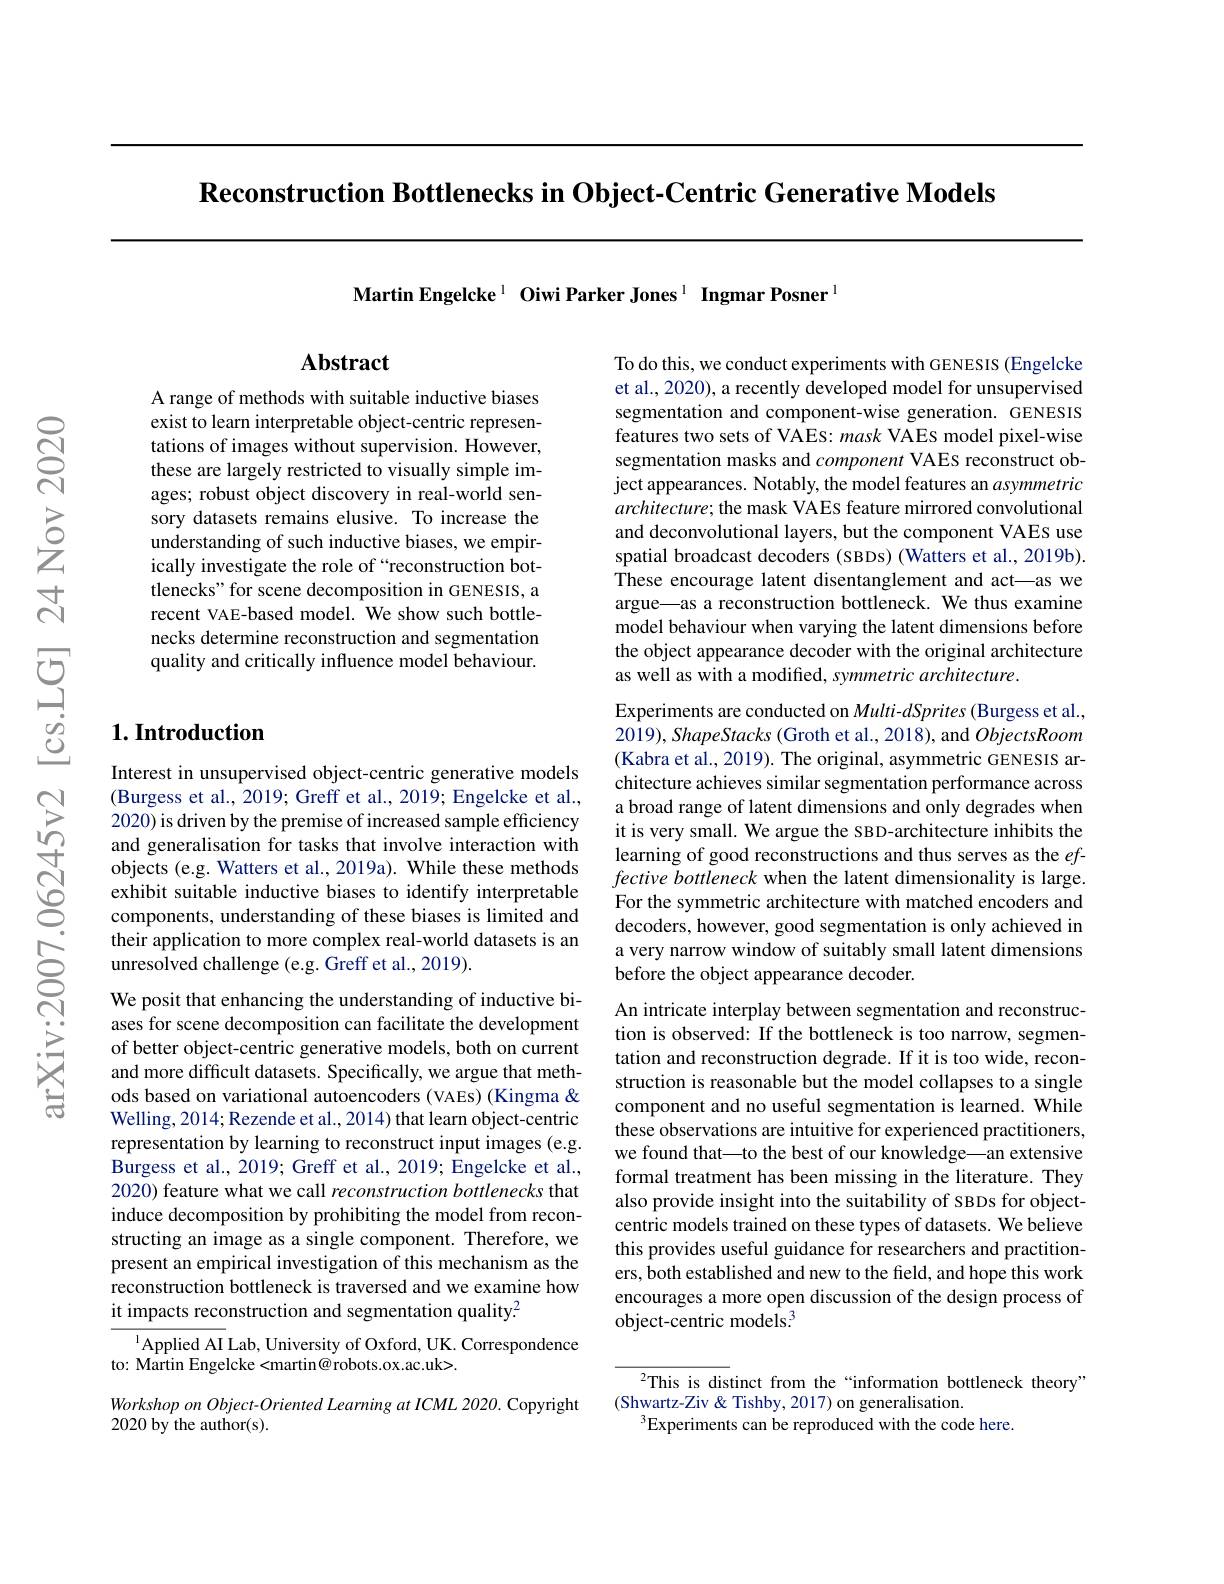
Reconstruction Bottlenecks in Object-Centric Generative Models

Martin Engelcke$^1\textbf{Oiwi Parker Jones}^{1}\textbf{ Ingmar Posner}^{1}$

## $\mathbf{Abstract}$

A range of methods with suitable inductive biases exist to learn interpretable object-centric representations of images without supervision. However, these are largely restricted to visually simple images; robust object discovery in real-world sensory datasets remains elusive. To increase the understanding of such inductive biases, we empirically investigate the role of “reconstruction bottlenecks" for scene decomposition in GENESIS, a recent VAE-based model. We show such bottlenecks determine reconstruction and segmentation quality and critically influence model behaviour.

## $1. \textbf{Introduction}$

Interest in unsupervised object-centric generative models (Burgess et al., 2019; Greff et al., 2019; Engelcke et al., 2020) is driven by the premise of increased sample efficiency and generalisation for tasks that involve interaction with objects (e.g. Watters et al., 2019a). While these methods exhibit suitable inductive biases to identify interpretable components, understanding of these biases is limited and their application to more complex real-world datasets is an unresolved challenge (e.g. Greff et al., 2019).

We posit that enhancing the understanding of inductive biases for scene decomposition can facilitate the development of better object-centric generative models, both on current and more difficult datasets. Specifically, we argue that methods based on variational autoencoders (VAEs) (Kingma & Welling, 2014; Rezende et al., 2014) that learn object-centric representation by learning to reconstruct input images (e.g. Burgess et al., 2019; Greff et al., 2019; Engelcke et al., 2020) feature what we call reconstruction bottlenecks that induce decomposition by prohibiting the model from reconstructing an image as a single component. Therefore, we present an empirical investigation of this mechanism as the reconstruction bottleneck is traversed and we examine how it impacts reconstruction and segmentation quality.

$^{1}$Applied AI Lab, University of Oxford, UK. Correspondence
to: Martin Engelcke<martin@robots.ox.ac.uk>.

Workshop on Object-Oriented Learning at ICML 2020. Copyright
2020 by the author(s).

To do this, we conduct experiments with GENESIS (Engelcke et al., 2020), a recently developed model for unsupervised segmentation and component-wise generation. GENESIS features two sets of VAEs: mask VAEs model pixel-wise segmentation masks and component VAEs reconstruct object appearances. Notably, the model features an asymmetric $architecture;$ the mask VAEs feature mirrored convolutional and deconvolutional layers, but the component VAEs use spatial broadcast decoders (SBDs) (Watters et al., 2019b). These encourage latent disentanglement and act—as we argue\_as a reconstruction bottleneck. We thus examine model behaviour when varying the latent dimensions before the object appearance decoder with the original architecture as well as with a modified, symmetric architecture.

Experiments are conducted on Multi-dSprites (Burgess et al., $2019) , \textit{ShapeStacks ( Groth et al. , 2018) , and ObjectsRoom}$ (Kabra et al., 2019). The original, asymmetric GENESIS architecture achieves similar segmentation performance across a broad range of latent dimensions and only degrades when it is very small. We argue the SBD-architecture inhibits the learning of good reconstructions and thus serves as the $ef$- fective bottleneck when the latent dimensionality is large. For the symmetric architecture with matched encoders and decoders, however, good segmentation is only achieved in a very narrow window of suitably small latent dimensions before the object appearance decoder.
An intricate interplay between segmentation and reconstruction is observed: If the bottleneck is too narrow, segmentation and reconstruction degrade. If it is too wide, reconstruction is reasonable but the model collapses to a single component and no useful segmentation is learned. While

these observations are intuitive for experienced practitioners, we found that\_to the best of our knowledge—an extensive formal treatment has been missing in the literature. They also provide insight into the suitability of sBDs for objectcentric models trained on these types of datasets. We believe this provides useful guidance for researchers and practitioners, both established and new to the field, and hope this work encourages a more open discussion of the design process of object-centric models.$^3$

$^{2}$This is distinct from the“information bottleneck theory”
(Shwartz-Ziv & Tishby, 2017) on generalisation.
$^{3}$Experiments can be reproduced with the code here.